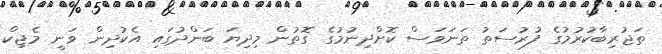
ތަޖުރިބާކުރުމުގެ ފުރުސަތު ތަނަވަސް ކޮށްދިނުމުގެ ގޮތުން މިދިޔަ ބަންދުގައި އެކުދިން ވަނީ މެޖިކް